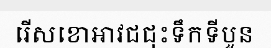
រើសខោអាវជជុះទឹកទីបួន